Civil Veterinary Dept. Bombay admin report 1932-41 - 1932-1941
Year: 1932
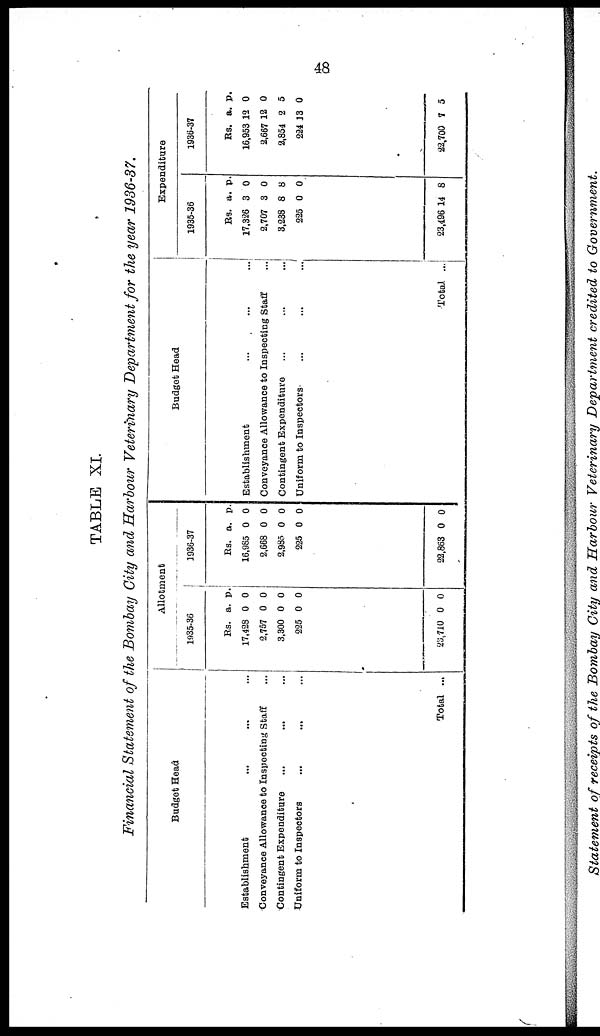
48
TABLE XI.
Financial Statement of the Bombay City and Harbour Veterinary Department for the year 1936-37.
Budget Head
Establishment ... ... ...
Conveyance Allowance to Inspecting Staff ...
Contingent Expenditure ... ... ...
Uniform to Inspectors ... ... ...
Total ...
Allotment
1935-36
Rs.
17,428
2,757
3,300
225
23,710
a.
0
0
0
0
0
p.
0
0
0
0
0
1936-37
Rs.
16,985
2,668
2,985
225
22,863
a.
0
0
0
0
0
p.
0
0
0
0
0
Budget Head
Establishment ... ... ...
Conveyance Allowance to Inspecting Staff ...
Contingent Expenditure ... ... ...
Uniform to Inspectors ... ... ...
Total ...
Expenditure
1935-36
Rs.
17,326
2,707
3,238
225
23,4.96 1
a.
3
3
8
0
4
p.
0
0
8
0
8
1936-37
Rs.
16,953
2,667
2,854
224
22,700
a.
12
12
2
J3
7
p.
0
0
5
0
5